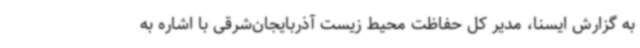
به گزارش ایسنا، مدیر کل حفاظت محیط زیست آذربایجان‌شرقی با اشاره به